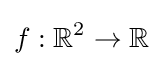
f:\mathbb {R} ^{2}\rightarrow \mathbb {R}